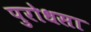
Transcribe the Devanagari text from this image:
पुरोधसा